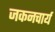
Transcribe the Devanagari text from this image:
जकनचार्य